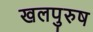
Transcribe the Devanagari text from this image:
खलपुरुष